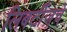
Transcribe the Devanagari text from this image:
लिबर्टीजचे